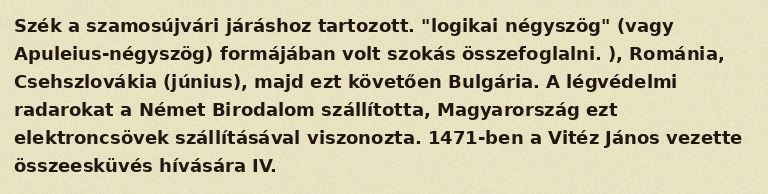
Szék a szamosújvári járáshoz tartozott. "logikai négyszög" (vagy Apuleius-négyszög) formájában volt szokás összefoglalni. ), Románia, Csehszlovákia (június), majd ezt követően Bulgária. A légvédelmi radarokat a Német Birodalom szállította, Magyarország ezt elektroncsövek szállításával viszonozta. 1471-ben a Vitéz János vezette összeesküvés hívására IV.